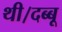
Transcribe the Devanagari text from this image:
थी।दब्बू